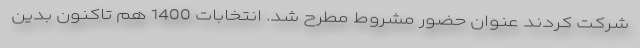
شرکت کردند عنوان حضور مشروط مطرح شد. انتخابات 1400 هم تاکنون بدین